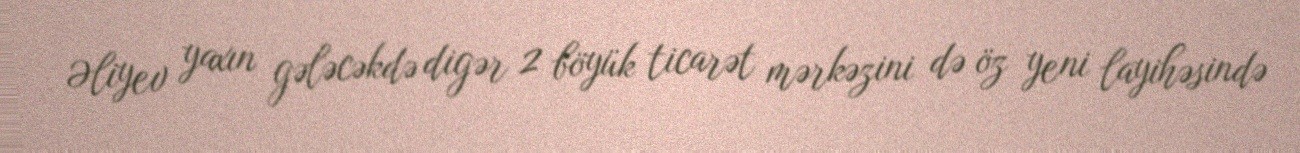
Əliyev yaxın gələcəkdə digər 2 böyük ticarət mərkəzini də öz yeni layihəsində